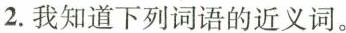
2.我知道下列词语的近义词。